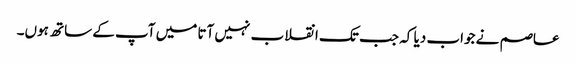
عاصم نے جواب دیا کہ جب تک انقلاب نہیں آتا میں آپ کے ساتھ ہوں۔